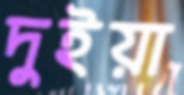
দুইয়া